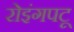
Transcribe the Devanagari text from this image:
रोइंगपटू